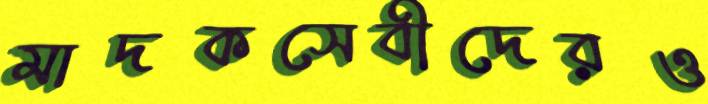
মাদকসেবীদেরও